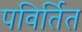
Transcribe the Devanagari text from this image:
पविर्तित